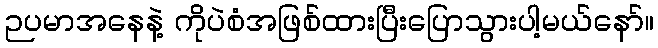
ဉပမာအနေနဲ့ ကိုပဲစံအဖြစ်ထားပြီးပြောသွားပါ့မယ်နော်။